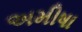
અમીષા